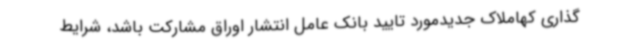
گذاری کهاملاک جدیدمورد تایید بانک عامل انتشار اوراق مشارکت باشد، شرایط